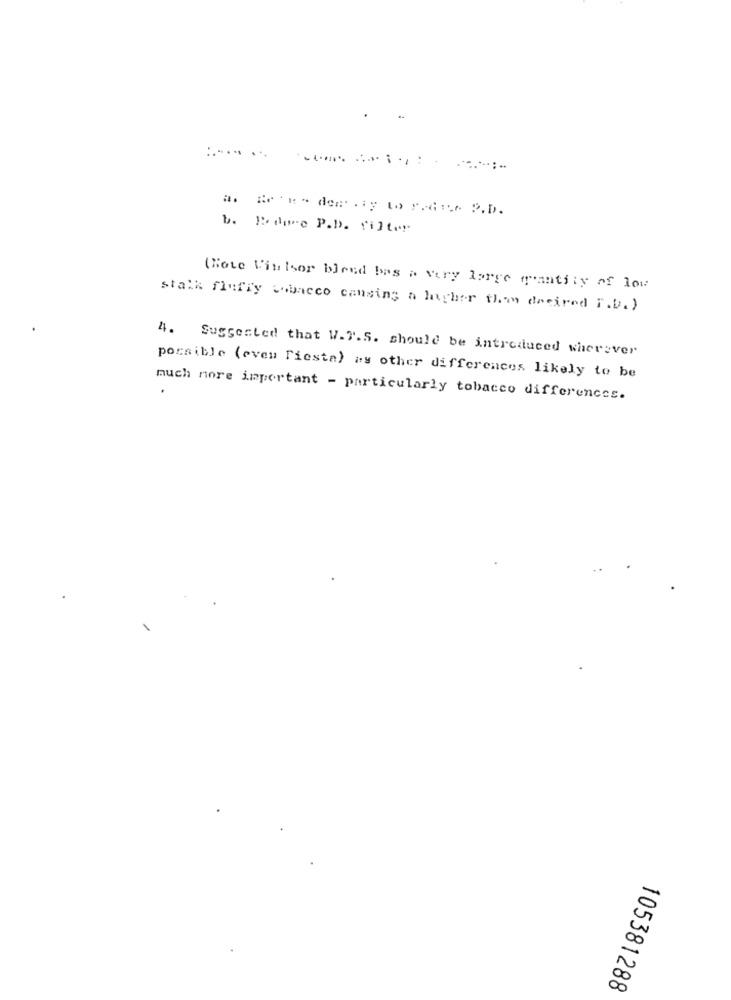
... ...
a. Ben- den .iy to y.a .r. P.D.
b. Bdoce P.D. filter
(Hote Villsor blend bas a very large quantity of low
stalk fluffy tobacco cansing a higher than dreired F.D. )
4. Suggested that W.7.S. should be introduced wherever
possible (even Fiesta) as other differences likely to be
much more important - particularly tobacco differences.
105381288